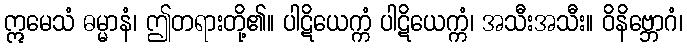
ဣမေသံ ဓမ္မာနံ၊ ဤတရားတို့၏။ ပါဋိယေက္ကံ ပါဋိယေက္ကံ၊ အသီးအသီး။ ဝိနိဗ္ဘောဂံ၊